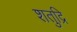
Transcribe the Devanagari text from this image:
शतुद्रि